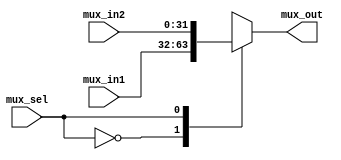
module mux2way_32bit(mux_out, mux_in1, mux_in2, mux_sel);

input [31:0] mux_in1, mux_in2;
output reg [31:0] mux_out;
input mux_sel;

always@(mux_in1 or mux_in2 or mux_sel)
begin
	case(mux_sel)
	1'b0: mux_out = mux_in1;	
	1'b1: mux_out = mux_in2;
	endcase 
end

endmodule